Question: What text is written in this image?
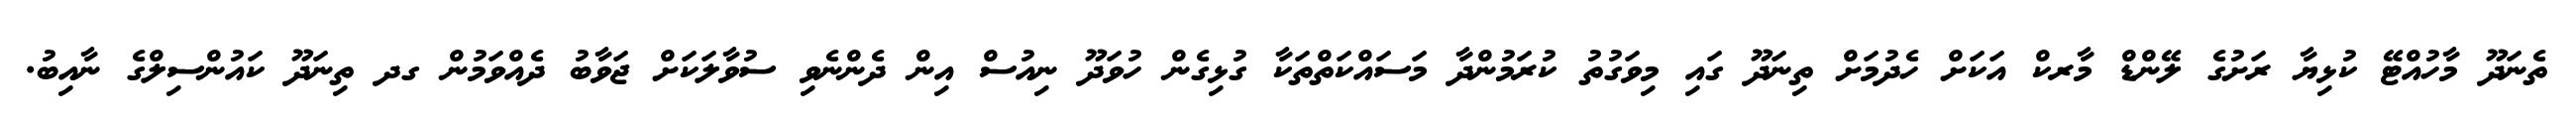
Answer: ތެނަދޫ މާހުއްޓޭ ކުޅިޔާ ރަށުގެ ލޭންޑް މާރކް އަކަށް ހެދުމަށް ތިނަދޫ ގައި މިވަގުތު ކުރަމުންދާ މަސައްކަތްތަކާ ގުޅިގެން ހުވަދޫ ނިއުސް އިން ދެންނެވި ސުވާލަކަށް ޖަވާބު ދެއްވަމުން ގދ ތިނަދޫ ކައުންސިލްގެ ނާއިބު.